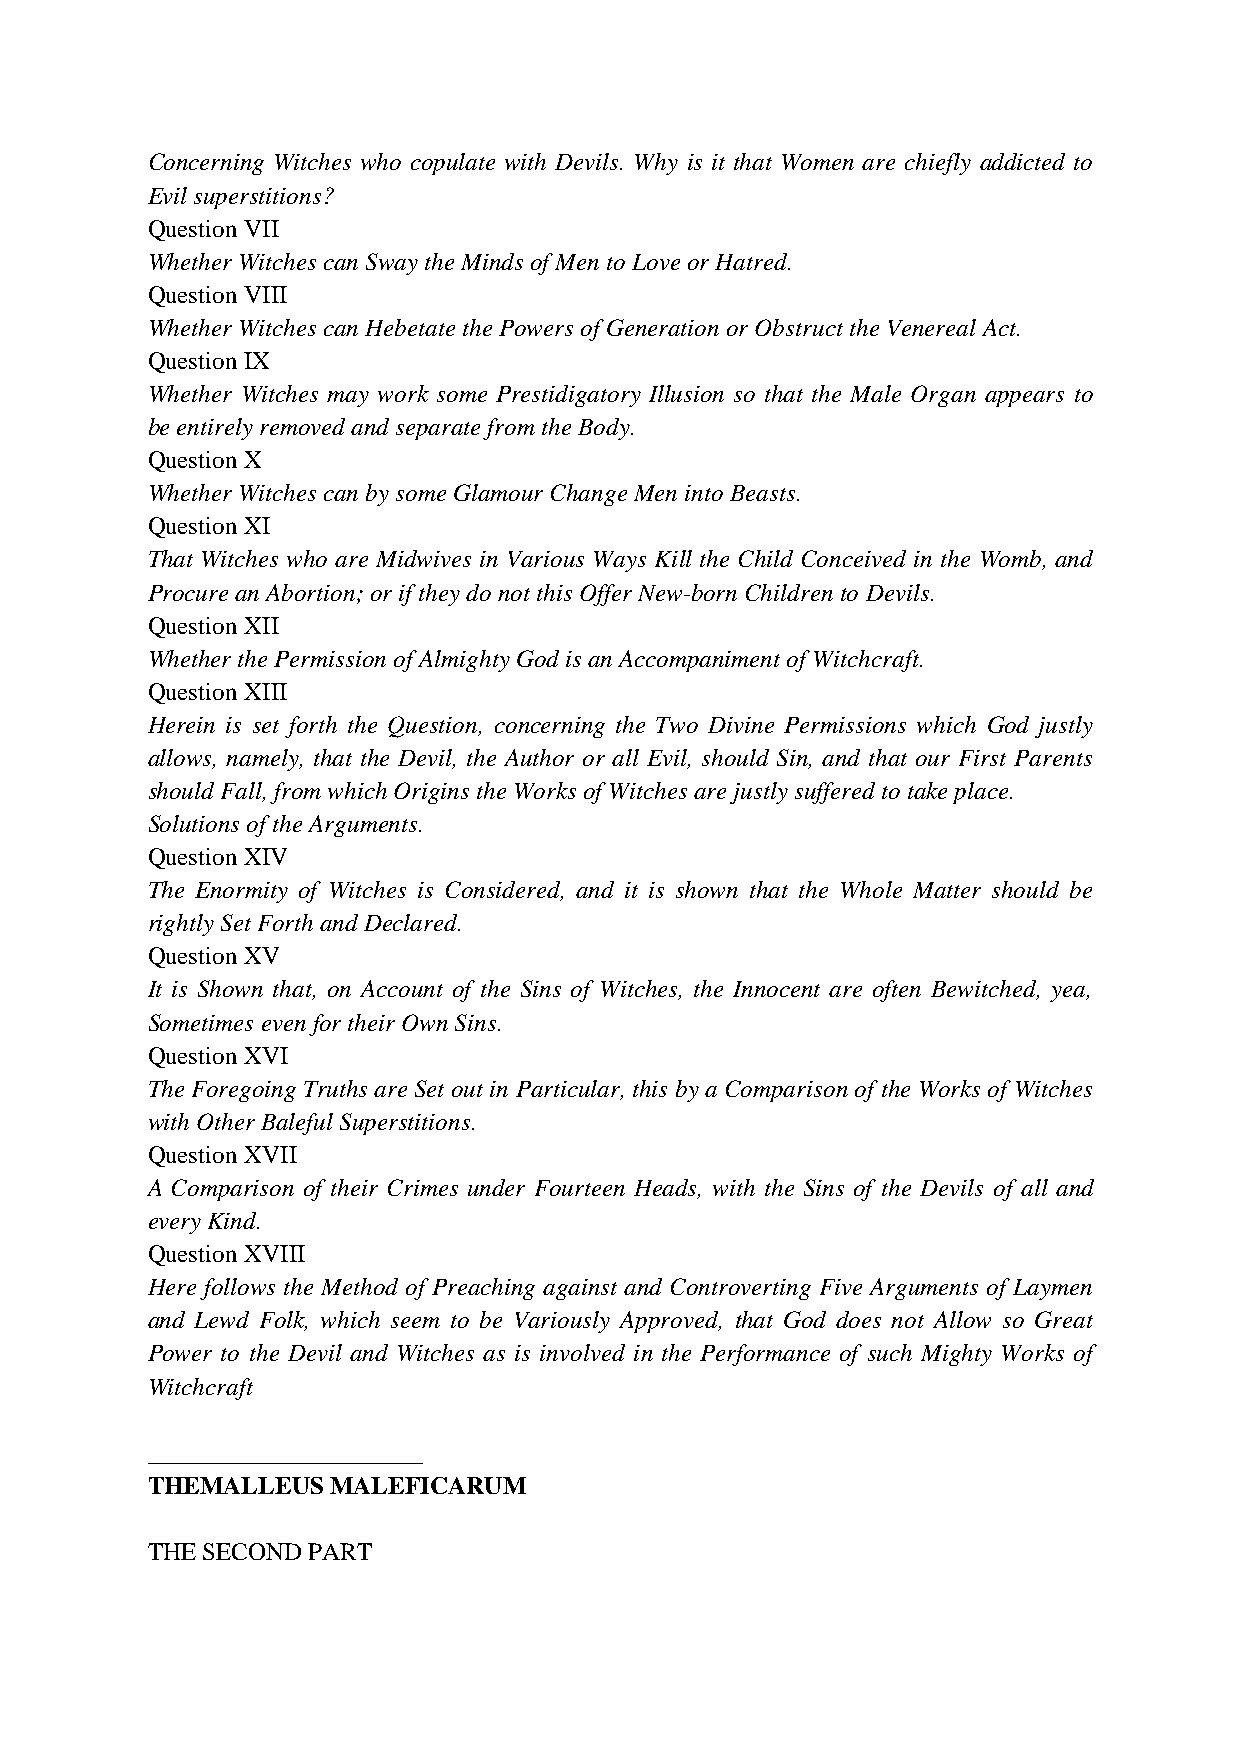
Concerning Witches who copulate with Devils. Why is it that Women are chiefly addicted to
 Evil superstitions?
 Question VII
 Whether Witches can Sway the Minds of Men to Love or Hatred.
 Question VIII
 Whether Witches can Hebetate the Powers of Generation or Obstruct the Venereal Act.
 Question IX
 Whether Witches may work some Prestidigatory Illusion so that the Male Organ appears to
 be entirely removed and separate from the Body.
 Question X
 Whether Witches can by some Glamour Change Men into Beasts.
 Question XI
 That Witches who are Midwives in Various Ways Kill the Child Conceived in the Womb, and
 Procure an Abortion; or if they do not this Offer New-born Children to Devils.
 Question XII
 Whether the Permission of Almighty God is an Accompaniment of Witchcraft.
 Question XIII
 Herein is set forth the Question, concerning the Two Divine Permissions which God justly
 allows, namely, that the Devil, the Author or all Evil, should Sin, and that our First Parents
 should Fall, from which Origins the Works of Witches are justly suffered to take place.
 Solutions of the Arguments.
 Question XIV
 The Enormity of Witches is Considered, and it is shown that the Whole Matter should be
 rightly Set Forth and Declared.
 Question XV
 It is Shown that, on Account of the Sins of Witches, the Innocent are often Bewitched, yea,
 Sometimes even for their Own Sins.
 Question XVI
 The Foregoing Truths are Set out in Particular, this by a Comparison of the Works of Witches
 with Other Baleful Superstitions.
 Question XVII
 A Comparison of their Crimes under Fourteen Heads, with the Sins of the Devils of all and
 every Kind.
 Question XVIII
 Here follows the Method of Preaching against and Controverting Five Arguments of Laymen
 and Lewd Folk, which seem to be Variously Approved, that God does not Allow so Great
 Power to the Devil and Witches as is involved in the Performance of such Mighty Works of
 Witchcraft
 ______________________
 THEMALLEUS  MALEFICARUM
 THE SECOND PART